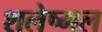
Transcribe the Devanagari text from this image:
शलेष्मल